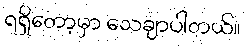
ရရှိတော့မှာ သေချာပါတယ်။